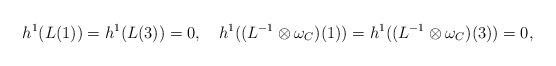
LaTeX: \begin{align*}h^1(L(1))=h^1(L(3))=0,\ \ \ h^1((L^{-1}\otimes\omega_C)(1))=h^1((L^{-1}\otimes\omega_C)(3))=0,\end{align*}